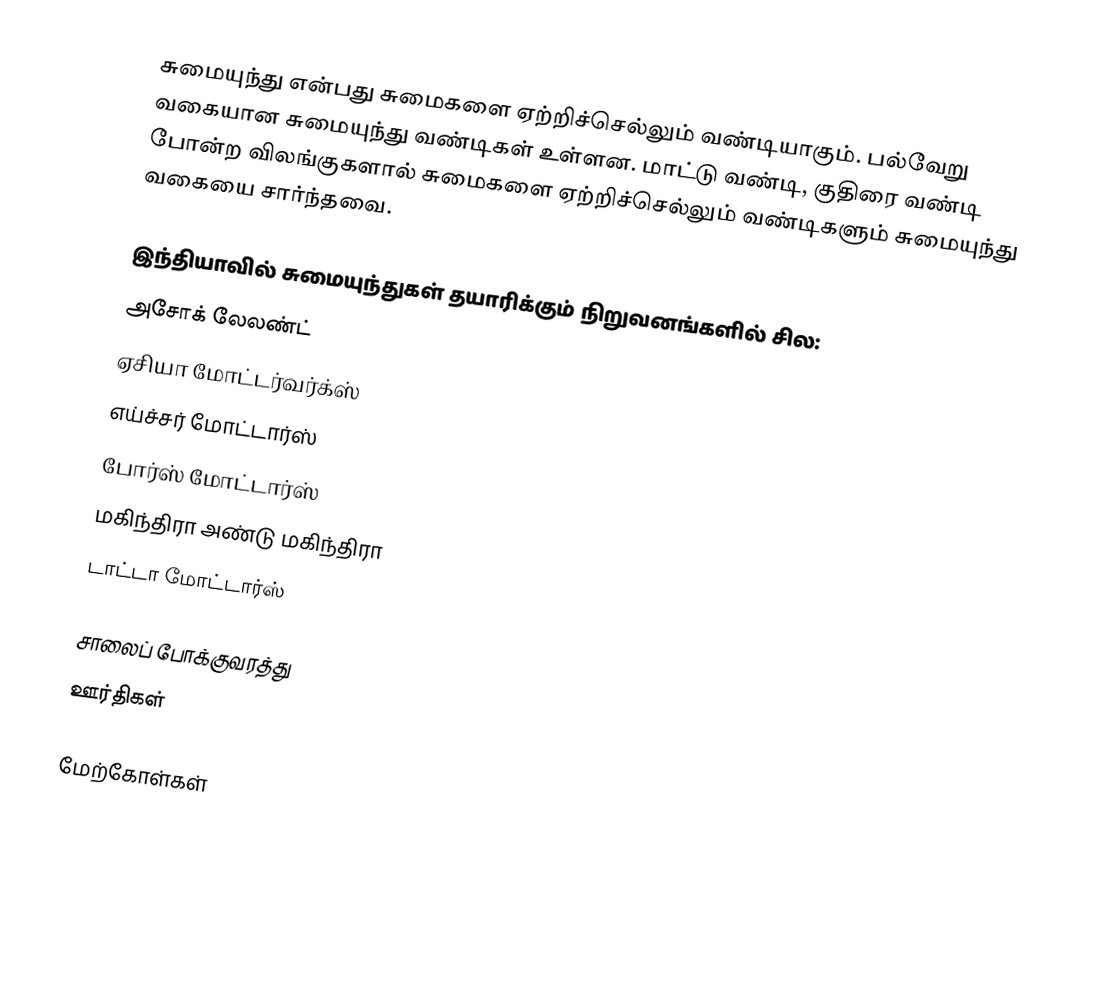
சுமையுந்து என்பது சுமைகளை ஏற்றிச்செல்லும் வண்டியாகும். பல்வேறு வகையான சுமையுந்து வண்டிகள் உள்ளன. மாட்டு வண்டி, குதிரை வண்டி போன்ற விலங்குகளால் சுமைகளை ஏற்றிச்செல்லும் வண்டிகளும் சுமையுந்து வகையை சார்ந்தவை.

இந்தியாவில் சுமையுந்துகள் தயாரிக்கும் நிறுவனங்களில் சில:
 அசோக் லேலண்ட்
 ஏசியா மோட்டர்வர்க்ஸ்
 எய்ச்சர் மோட்டார்ஸ்
 போர்ஸ் மோட்டார்ஸ்
 மகிந்திரா அண்டு மகிந்திரா
 டாட்டா மோட்டார்ஸ்

சாலைப் போக்குவரத்து
ஊர்திகள்

மேற்கோள்கள்